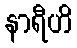
နာရီဟိ